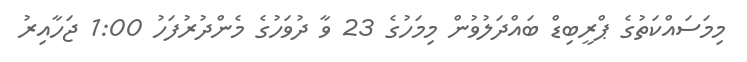
މިމަސައްކަތުގެ ޕްރީބިޑް ބައްދަލުވުން މިމަހުގެ 23 ވާ ދުވަހުގެ މެންދުރުފަހު 1:00 ޖަހާއިރު